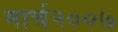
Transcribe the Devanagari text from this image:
मार्च२००७